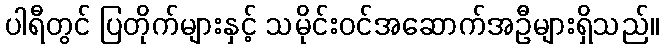
ပါရီတွင် ပြတိုက်များနှင့် သမိုင်းဝင်အဆောက်အဦများရှိသည်။